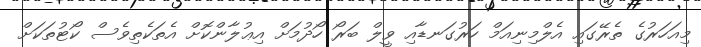
މިއަހަރުގެ ތެރޭގައި އެލްމިނިއަމް ހަރުގަނޑާއި ވީލް ބަރޯ ހޯދުމަށް އިޢުލާންކޮށް އެތަކެތިވެސް ކޯޓުތަކަށް